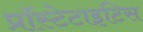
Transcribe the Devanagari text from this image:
प्रॉस्टेटाइटिस